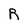
Character: R